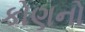
કોણનો